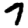
Digit: 7